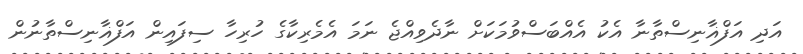
އަދި އަފްޣާނިސްތާނާ އެކު އެއްބަސްވުމަކަށް ނާދެވިއްޖެ ނަމަ އެމެރިކާގެ ހުރިހާ ސިފައިން އަފްޣާނިސްތާނުން